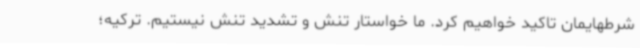
شرطهایمان تاکید خواهیم کرد. ما خواستار تنش و تشدید تنش نیستیم. ترکیه؛